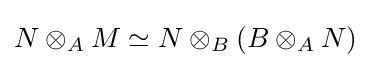
N\otimes _{A}M\simeq N\otimes _{B}(B\otimes _{A}N)